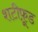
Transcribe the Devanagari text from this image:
शटीफ़ूड